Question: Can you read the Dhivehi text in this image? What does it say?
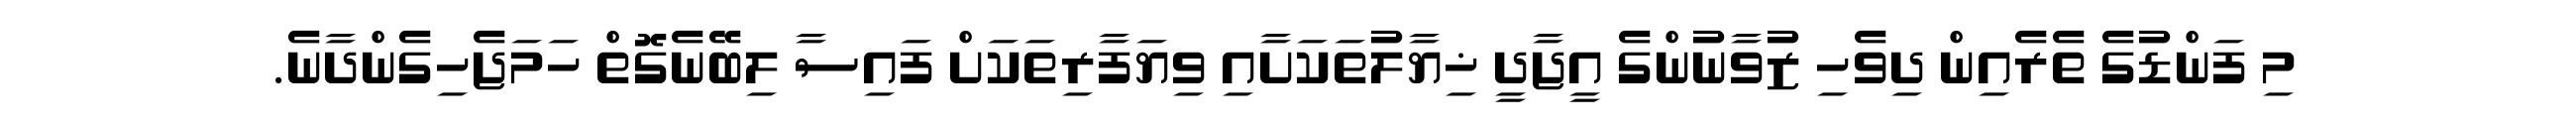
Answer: މި ފަންޑުގެ ތެރެއިން ދިވެހި ޒުވާނުންގެ އީޖާދީ ޚިޔާލުތަކަށާއި ވިޔަފާރިތަކަށް ފައިސާ ލިބޭނެގޮތް ހަމަޖެހިގެންދާނެ.